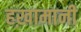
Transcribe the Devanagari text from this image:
हख़ामानी